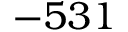
- 5 3 1